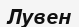
Лувен